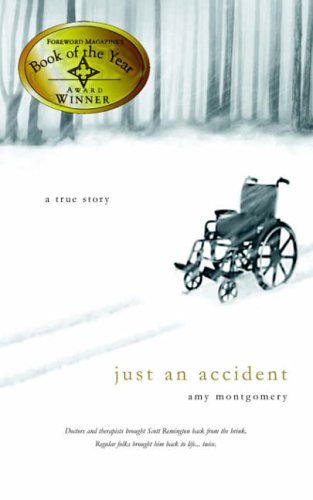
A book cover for Just an Accident; Amy Montgomery; Health, Fitness & Dieting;